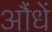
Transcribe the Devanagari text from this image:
औंधें